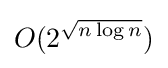
O(2^{\sqrt {n\log n}})